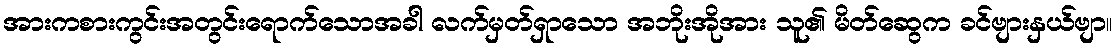
အားကစားကွင်းအတွင်းရောက်သောအခါ လက်မှတ်ရှာသော အဘိုးအိုအား သူ၏ မိတ်ဆွေက ခင်ဗျားနှယ်ဗျာ။